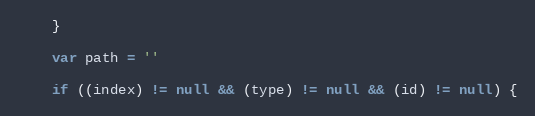
Language: JavaScript
    }

    var path = ''

    if ((index) != null && (type) != null && (id) != null) {